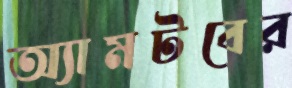
অ্যামটবের